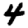
Digit: 4